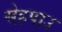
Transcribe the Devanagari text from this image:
सेहपाउ